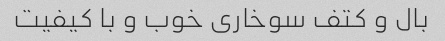
بال و کتف سوخاری خوب و با کیفیت